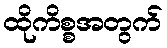
ထိုကိစ္စအတွက်